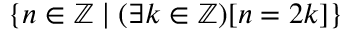
\{ n \in \mathbb { Z } \mid ( \exists k \in \mathbb { Z } ) [ n = 2 k ] \}